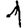
Digit: 1